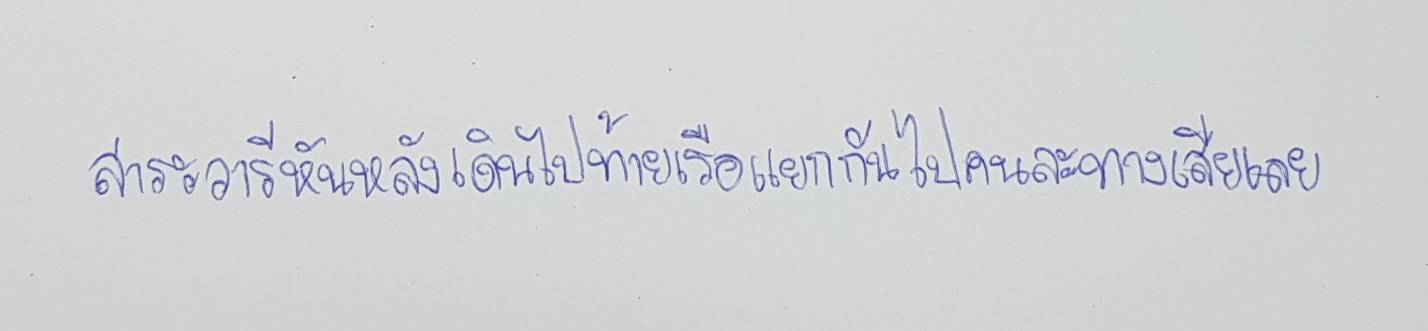
สาระวารีหันหลังเดินไปท้ายเรือแยกกันไปคนละทางเสียเลย